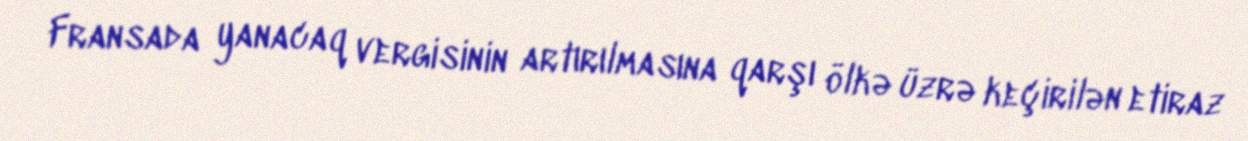
Fransada yanacaq vergisinin artırılmasına qarşı ölkə üzrə keçirilən etiraz